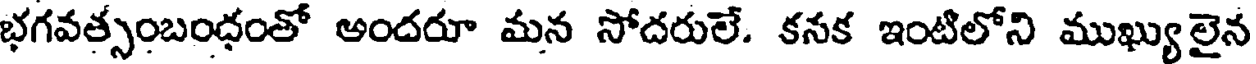
భగవత్సంబంధంతో అందరూ మన సోదరులే. కనక ఇంటిలోని ముఖ్యులైన